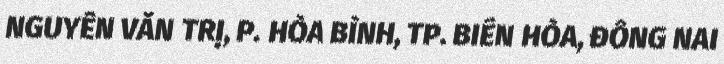
NGUYỄN VĂN TRỊ, P. HÒA BÌNH, TP. BIÊN HÒA, ĐỒNG NAI